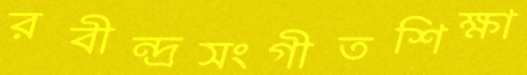
রবীন্দ্রসংগীতশিক্ষা